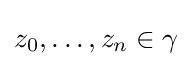
z_{0},\ldots ,z_{n}\in \gamma